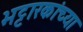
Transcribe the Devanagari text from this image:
भट्टारकांच्या